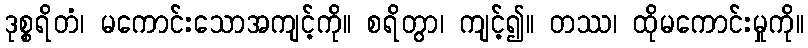
ဒုစ္စရိတံ၊ မကောင်းသောအကျင့်ကို။ စရိတွာ၊ ကျင့်၍။ တဿ၊ ထိုမကောင်းမှုကို။